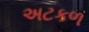
અટકળ